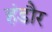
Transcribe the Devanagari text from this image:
हंडौर